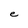
Character: e